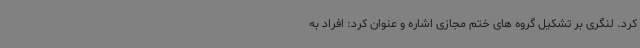
کرد. لنگری بر تشکیل گروه های ختم مجازی اشاره و عنوان کرد: افراد به